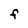
Character: F